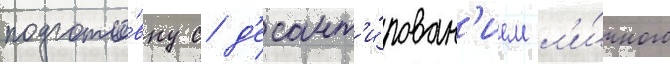
подгото́вку с д'есант'и́рован'ием л'и́чного